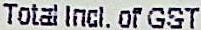
TOTAL INCL. OF GST